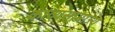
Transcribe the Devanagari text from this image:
काव्यसाम्राज्य